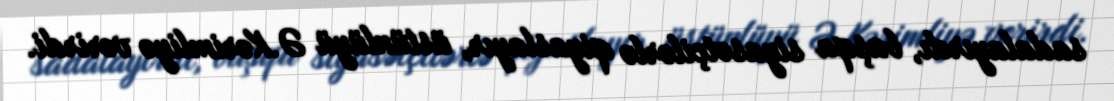
sadalayırdı, başqa siyasətçilərlə qiyaslayır, üstünlüyü Ə.Kərimliyə verirdi.